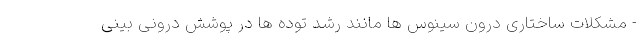
- مشکلات ساختاری درون سینوس ها مانند رشد توده ها در پوشش درونی بینی